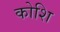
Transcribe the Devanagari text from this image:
कोशि